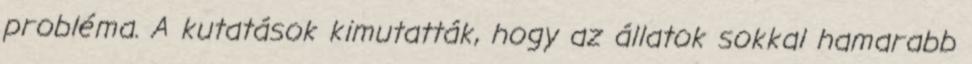
probléma. A kutatások kimutatták, hogy az állatok sokkal hamarabb